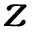
z